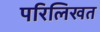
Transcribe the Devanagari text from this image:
परिलिखत